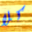
كلا